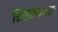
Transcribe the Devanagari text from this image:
शिरसोवक्षसः